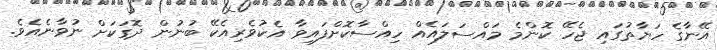
އޭނާގެ ހަޔާތުގައި ޖެހޭ ކޮންމެ މައްސަލައެއް ހިއްސާކޮށްފައިވާ އެކުވެރިއެކޭ ބުނުން ދޮގަކަށް ނުވާނެއެވެ.